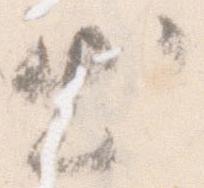
出